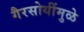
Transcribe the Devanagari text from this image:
गैरसोयींमुळे